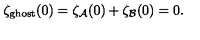
\zeta _ { \mathrm { g h o s t } } ( 0 ) = \zeta _ { \cal A } ( 0 ) + \zeta _ { \cal B } ( 0 ) = 0 .